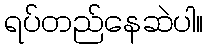
ရပ်တည်နေဆဲပါ။